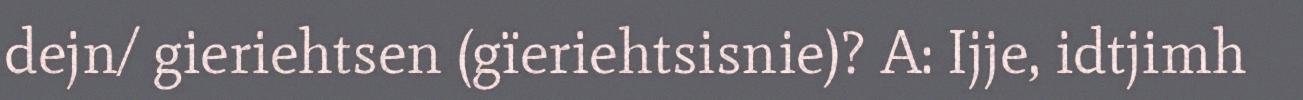
dejn/ gieriehtsen (gïeriehtsisnie)? A: Ijje, idtjimh